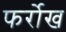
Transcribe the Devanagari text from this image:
फर्रोख